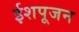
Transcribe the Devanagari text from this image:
ईशपूजन